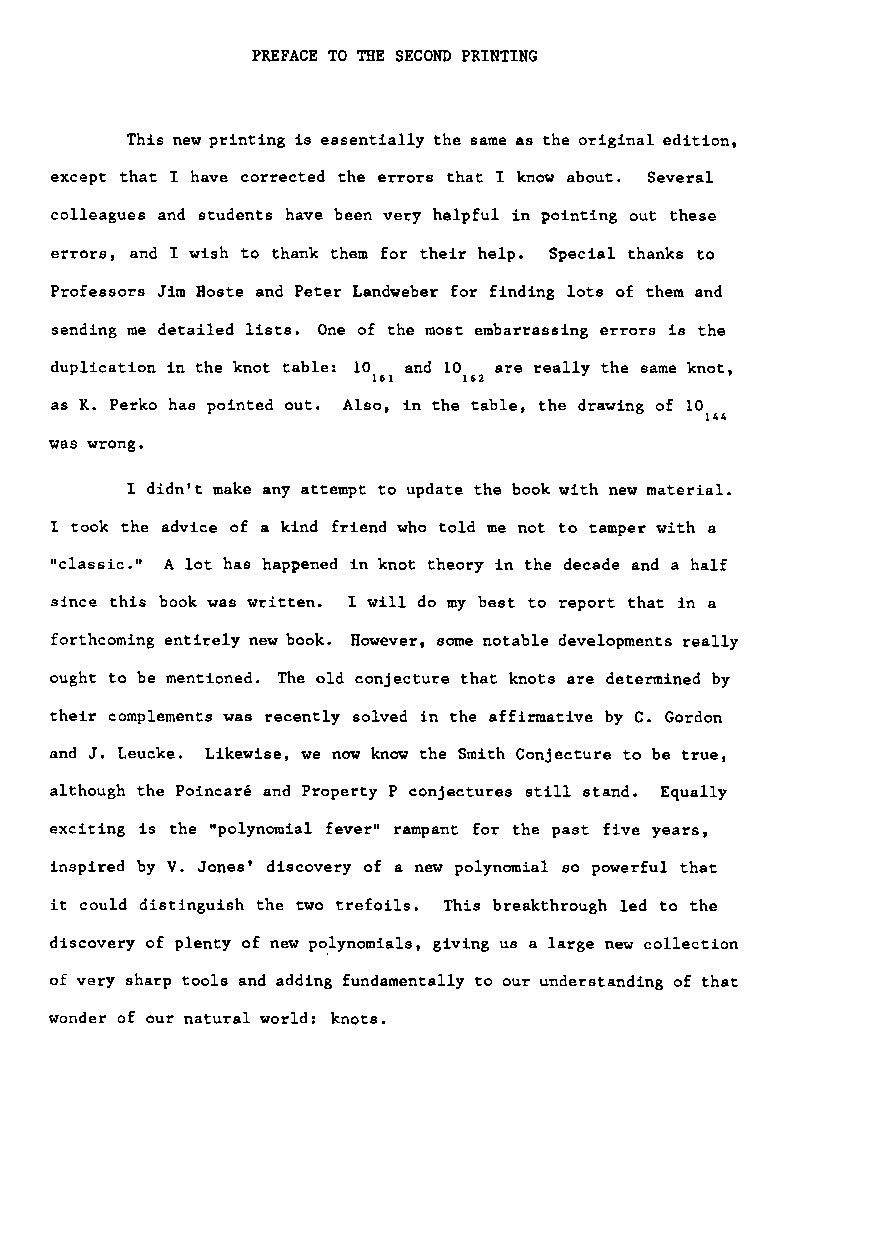
PREFACE TO THE SECOND PRINTING
 This new printing is essentially the same as the original edition,
 except that I have corrected the errors that I know about. Several
 colleagues and students have been very helpful in pointing out these
 errors, and I wish to thank them for their help. Special thanks to
 Professors Jim Hoste and Peter Landweber for finding lots of them and
 sending me detailed lists. One of the most embarrassing errors is the
 duplication in the knot table: 10161 and 10162 are really the same knot,
 as K. Perko has pointed out. Also, in the table, the drawing of 10144
 was wrong.
 I didn't make any attempt to update the book with new material.
 I took the advice of a kind friend who told me not to tamper with a
 "classic.1I A lot has happened in knot theory in the decade and a half
 since this book was written. I will do my best to report that in a
 forthcoming entirely new book. However, some notable developments really
 ought to be mentioned. The old conjecture that knots are determined by
 their complements was recently solved in the affirmative by C. Gordon
 and J. Leucke. Likewise, we now know the Smith Conjecture to be true,
 although the Poincare and Property P conjectures still stand. Equally
 exciting is the "polynomial fever" rampant for the past five years,
 inspired by V. Jones' discovery of a new polynomial so powerful that
 it could distinguish the two trefoils. This breakthrough led to the
 discovery of plenty of new po.lynomials, giving us a large new collection
 of very sharp tools and adding fundamentally to our understanding of that
 wonder of our natural world: knots.